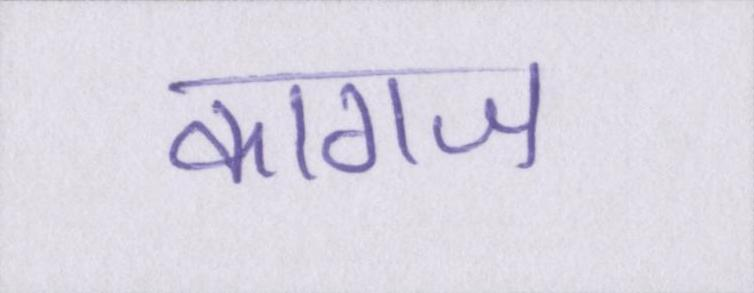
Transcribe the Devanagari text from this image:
कागज